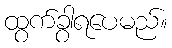
ထွက်ခွာရပေမည်။